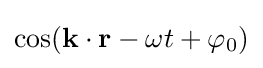
\cos(\mathbf {k} \cdot \mathbf {r} -\omega t+\varphi _{0})